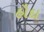
હૌદા